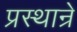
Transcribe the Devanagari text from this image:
प्रस्थान्रे